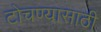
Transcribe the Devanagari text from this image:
टोचण्यासाठी